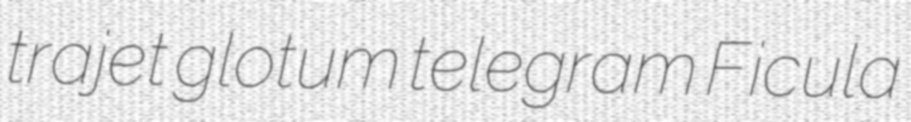
trajet glotum telegram Ficula